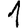
Digit: 1